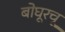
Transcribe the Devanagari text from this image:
बोघूरचू